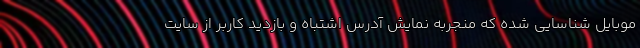
موبایل شناسایی شده که منجربه نمایش آدرس اشتباه و بازدید کاربر از سایت